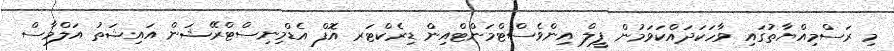
މި ރަސްމިއްޔާތުގައި ވާހަކަދައްކަވަމުން ފީލް އިންވެސްޓްމަންޓްއިން ޑިރެކްޓަރ އޮފް އެޑްމިނިސްޓްރޭޝަން އައިޝަތު އަލްމާސް